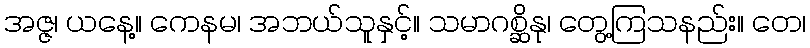
အဇ္ဇ၊ ယနေ့။ ကေနမ၊ အဘယ်သူနှင့်။ သမာဂစ္ဆိနု၊ တွေ့ကြသနည်း။ တေ၊